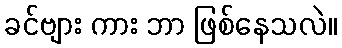
ခင်ဗျား ကား ဘာ ဖြစ်နေသလဲ။